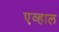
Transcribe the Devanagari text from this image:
एव्हाल